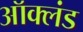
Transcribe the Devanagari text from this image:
ऑक्लंड